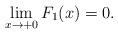
LaTeX: \begin{align*}\displaystyle \lim_{x\rightarrow +0} F_{1}(x)= 0.\end{align*}